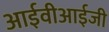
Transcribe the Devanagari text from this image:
आईवीआईजी